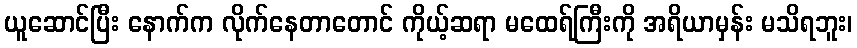
ယူဆောင်ပြီး နောက်က လိုက်နေတာတောင် ကိုယ့်ဆရာ မထေရ်ကြီးကို အရိယာမှန်း မသိရဘူး၊